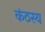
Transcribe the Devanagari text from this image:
कंठस्य